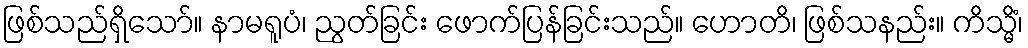
ဖြစ်သည်ရှိသော်။ နာမရူပံ၊ ညွတ်ခြင်း ဖောက်ပြန်ခြင်းသည်။ ဟောတိ၊ ဖြစ်သနည်း။ ကိသ္မိံ၊